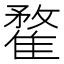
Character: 䨁